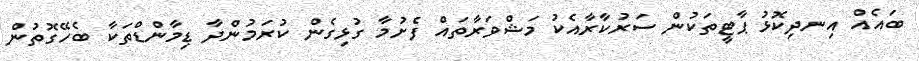
ބައެއް އިނދިކޮޅު ޕާޓީތަކުން ސަރުކާރާއެކު މަޝްވަރާތައް ފެށުމާ ގުޅިގެން ކުރަމުންދާ ޑިމާންޑްތަކާ ބެހޭގޮތުން